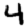
Digit: 4